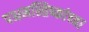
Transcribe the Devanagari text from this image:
पश्चमस्तिष्कांच्या